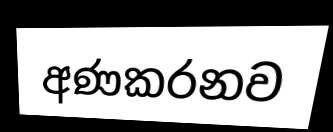
අණකරනව